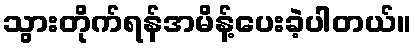
သွားတိုက်ရန်အမိန့်ပေးခဲ့ပါတယ်။